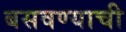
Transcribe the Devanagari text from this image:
बसवण्याची